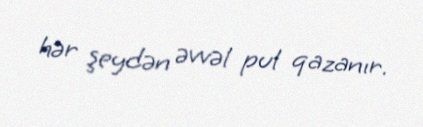
hər şeydən əvvəl pul qazanır.